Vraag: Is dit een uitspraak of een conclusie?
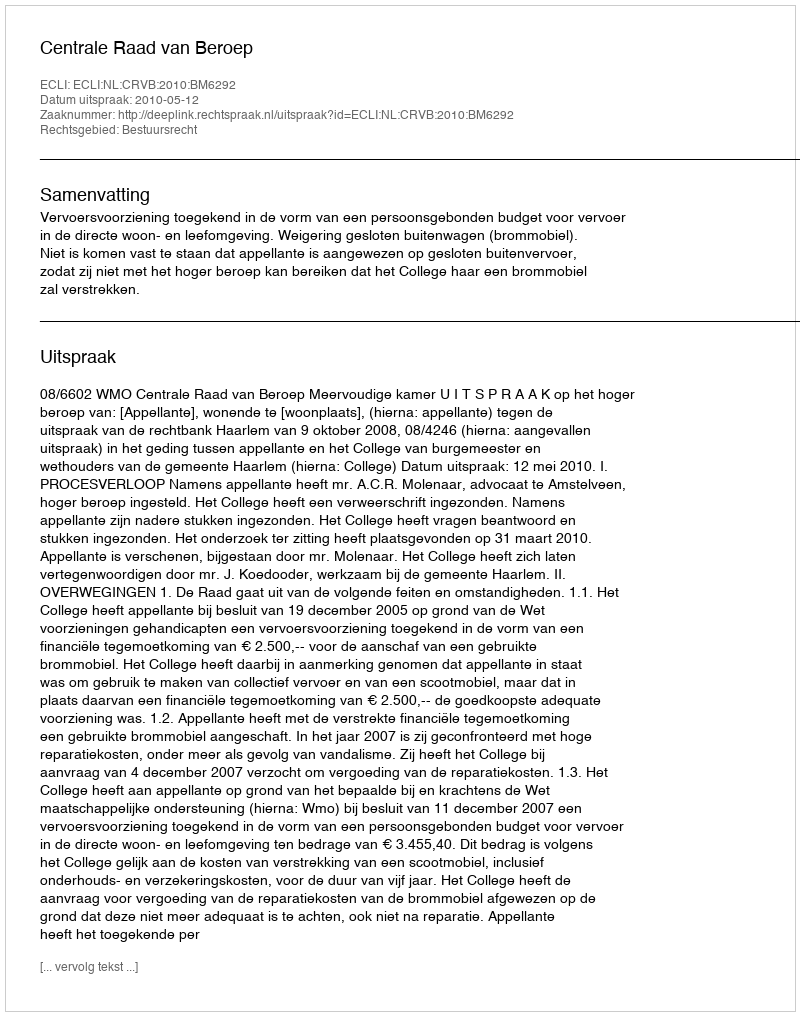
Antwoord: Uitspraak